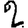
Digit: 2